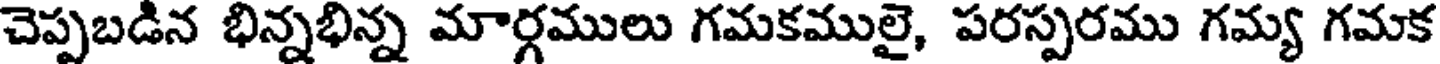
చెప్పబడిన భిన్నభిన్న మార్గములు గమకములై, పరస్పరము గమ్య గమక